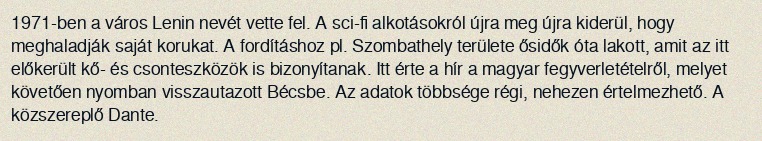
1971-ben a város Lenin nevét vette fel. A sci-fi alkotásokról újra meg újra kiderül, hogy meghaladják saját korukat. A fordításhoz pl. Szombathely területe ősidők óta lakott, amit az itt előkerült kő- és csonteszközök is bizonyítanak. Itt érte a hír a magyar fegyverletételről, melyet követően nyomban visszautazott Bécsbe. Az adatok többsége régi, nehezen értelmezhető. A közszereplő Dante.